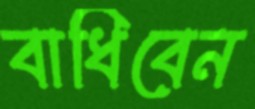
বাধিবেন